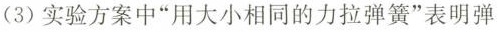
(3)实验方案中”用大小相同的力拉弹簧”表明弹